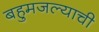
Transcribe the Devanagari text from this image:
बहुमजल्याची